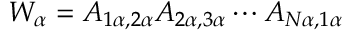
W _ { \alpha } = A _ { 1 \alpha , 2 \alpha } A _ { 2 \alpha , 3 \alpha } \cdots A _ { N \alpha , 1 \alpha }